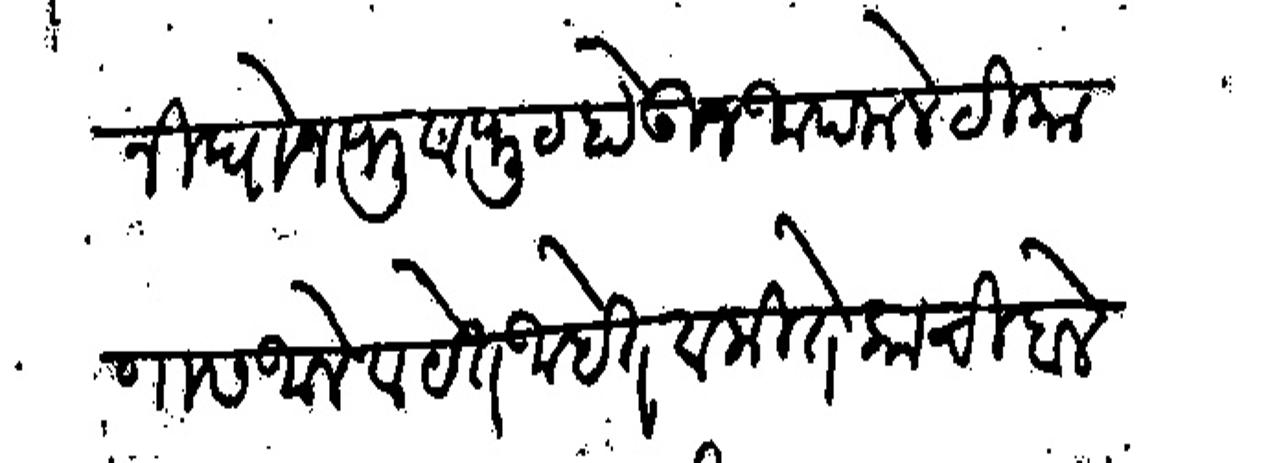
Transliteration (Devanagari): निघोन फुटाफुट होऊन आपला ठिकाणास आले व येत आहेत व कितेकाची बोलणी